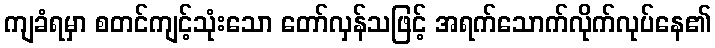
ကျခံရမှာ စတင်ကျင့်သုံးသော တော်လှန်သဖြင့် အရက်သောက်လိုက်လုပ်နေ၏